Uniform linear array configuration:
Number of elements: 64
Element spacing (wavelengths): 0.5
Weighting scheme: cosine
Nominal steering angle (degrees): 45
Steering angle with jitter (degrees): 43.339
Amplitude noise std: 0.05
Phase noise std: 0.05

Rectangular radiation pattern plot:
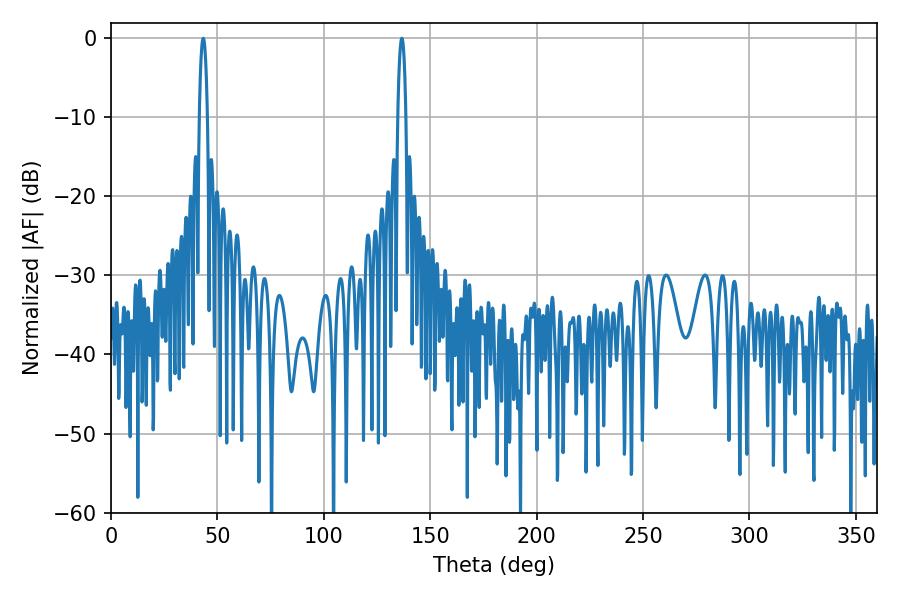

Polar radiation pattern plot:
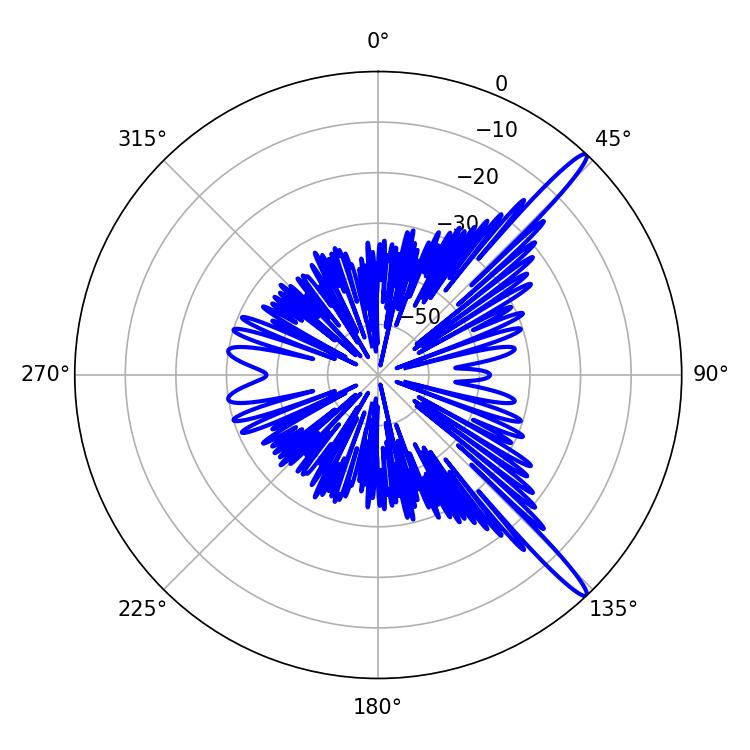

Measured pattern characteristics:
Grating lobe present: FALSE
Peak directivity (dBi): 15.305
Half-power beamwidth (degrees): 2.16
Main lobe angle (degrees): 43.38